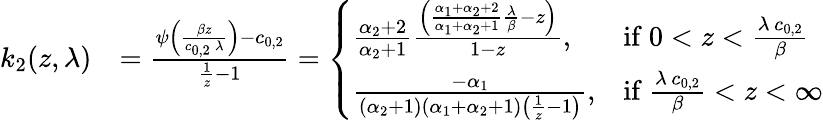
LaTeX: \begin{array}{rl}{k_{2}(z,\lambda)}&{=\frac{\psi\left(\frac{\beta z}{c_{0,2}\, \lambda}\right)-c_{0,2}}{\frac{1}{z}-1}=\left\{ \begin{array}{ll}{\frac{\alpha_{2}+2}{\alpha_{2}+1}\frac{\left(\frac{\alpha_{1}+\alpha_{2}+2}{\alpha_{1}+\alpha_{2}+1}\frac{\lambda}{\beta}-z\right)}{1-z},}&{\mathrm{if~}0<z<\frac{\lambda\, c_{0,2}}{\beta}\ }\\ {\frac{-\alpha_{1}}{(\alpha_{2}+1)(\alpha_{1}+\alpha_{2}+1)\left(\frac{1}{z}-1\right)},}&{\mathrm{if~}\frac{\lambda\, c_{0,2}}{\beta}<z<\infty}\end{array}\right.}\end{array}